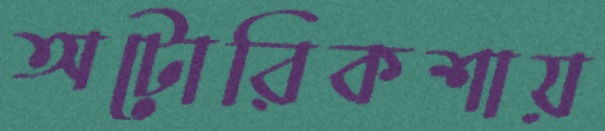
অটোরিকশায়